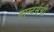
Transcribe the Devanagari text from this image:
मास्टर्सची